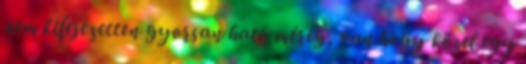
nem kifejezetten gyorsan ható méreg, van hogy közel egy